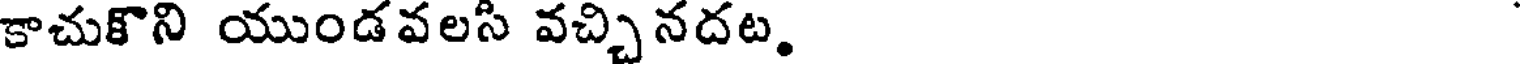
కాచుకొని యుండవలసి వచ్చినదట.